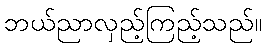
ဘယ်ညာလှည့်ကြည့်သည်။